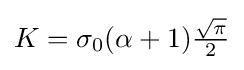
K=\sigma _{0}(\alpha +1){\tfrac {\sqrt {\pi }}{2}}